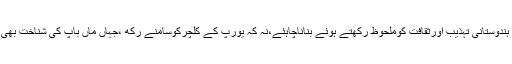
ہمارے ملک عزیزمیں کوئی بھی قانون ہندوستانی تہذیب اورثقافت کوملحوظ رکھتے ہوئے بناناچاہئے،نہ کہ یورپ کے کلچرکوسامنے رکھ ،جہاں ماں باپ کی شناخت بھی ”ڈی این اے”کے ذریعہ کی جاتی ہے ۔